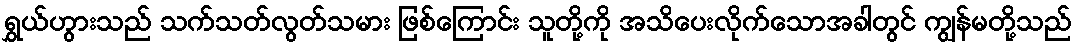
ရွှယ်ဟွားသည် သက်သတ်လွတ်သမား ဖြစ်ကြောင်း သူတို့ကို အသိပေးလိုက်သောအခါတွင် ကျွန်မတို့သည်